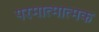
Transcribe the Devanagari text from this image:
परमात्मात्मक